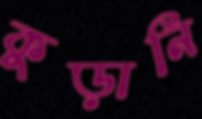
কুড়ানি